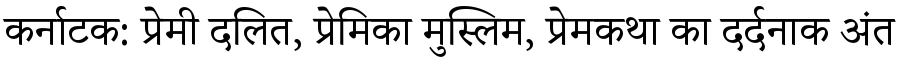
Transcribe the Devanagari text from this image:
कर्नाटक: प्रेमी दलित, प्रेमिका मुस्लिम, प्रेमकथा का दर्दनाक अंत